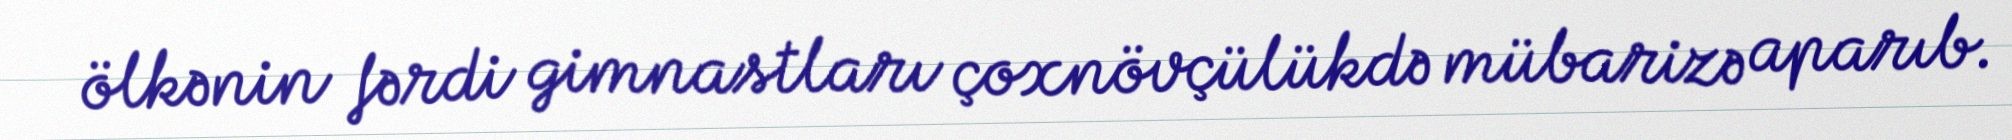
ölkənin fərdi gimnastları çoxnövçülükdə mübarizə aparıb.